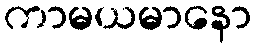
ကာမယမာနော